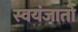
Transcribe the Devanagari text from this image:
स्वयंजातो